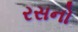
રસનો